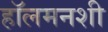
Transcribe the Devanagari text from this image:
हॉलमनशी